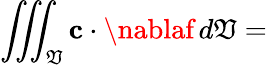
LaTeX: \iiint_{\mathfrak{V}}\mathbf{{c}}\cdot\nablaf\, d\mathfrak{V}=